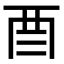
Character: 𮠕